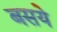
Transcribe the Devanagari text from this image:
बसये